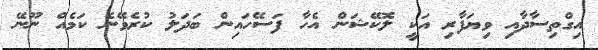
އިގްތިސާދާއި ވިޔަފާރި އަކީ ލޮކޭޝަން އެހާ ފަސޭހައިން ބަދަލު ކުރެވޭނެ ކަމެއް ނޫނޭ